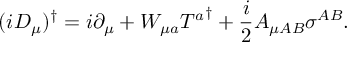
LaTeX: ( i D _ { \mu } ) ^ { \dagger } = i \partial _ { \mu } + W _ { { \mu } a } { { \cal T } ^ { a } } ^ { \dagger } + { \frac { i } { 2 } } A _ { \mu { A B } } { \sigma } ^ { A B } .